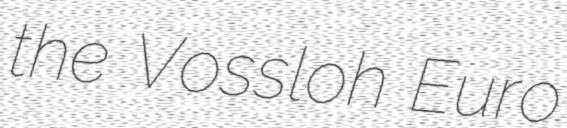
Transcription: the Vossloh Euro